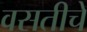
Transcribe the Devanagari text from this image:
वसतीचे